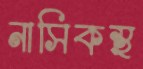
নাসিকস্থ